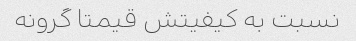
نسبت به کیفیتش قیمتا گرونه